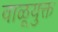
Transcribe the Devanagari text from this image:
वाळूयुक्त